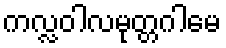
ကလ္လဝါလမုတ္တဂါမေ